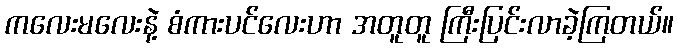
ကလေးမလေးနဲ့ စံကားပင်လေးဟာ အတူတူ ကြီးပြင်းလာခဲ့ကြတယ်။